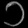
Digit: ၁